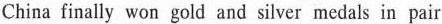
China finally won gold and silver medals in pair